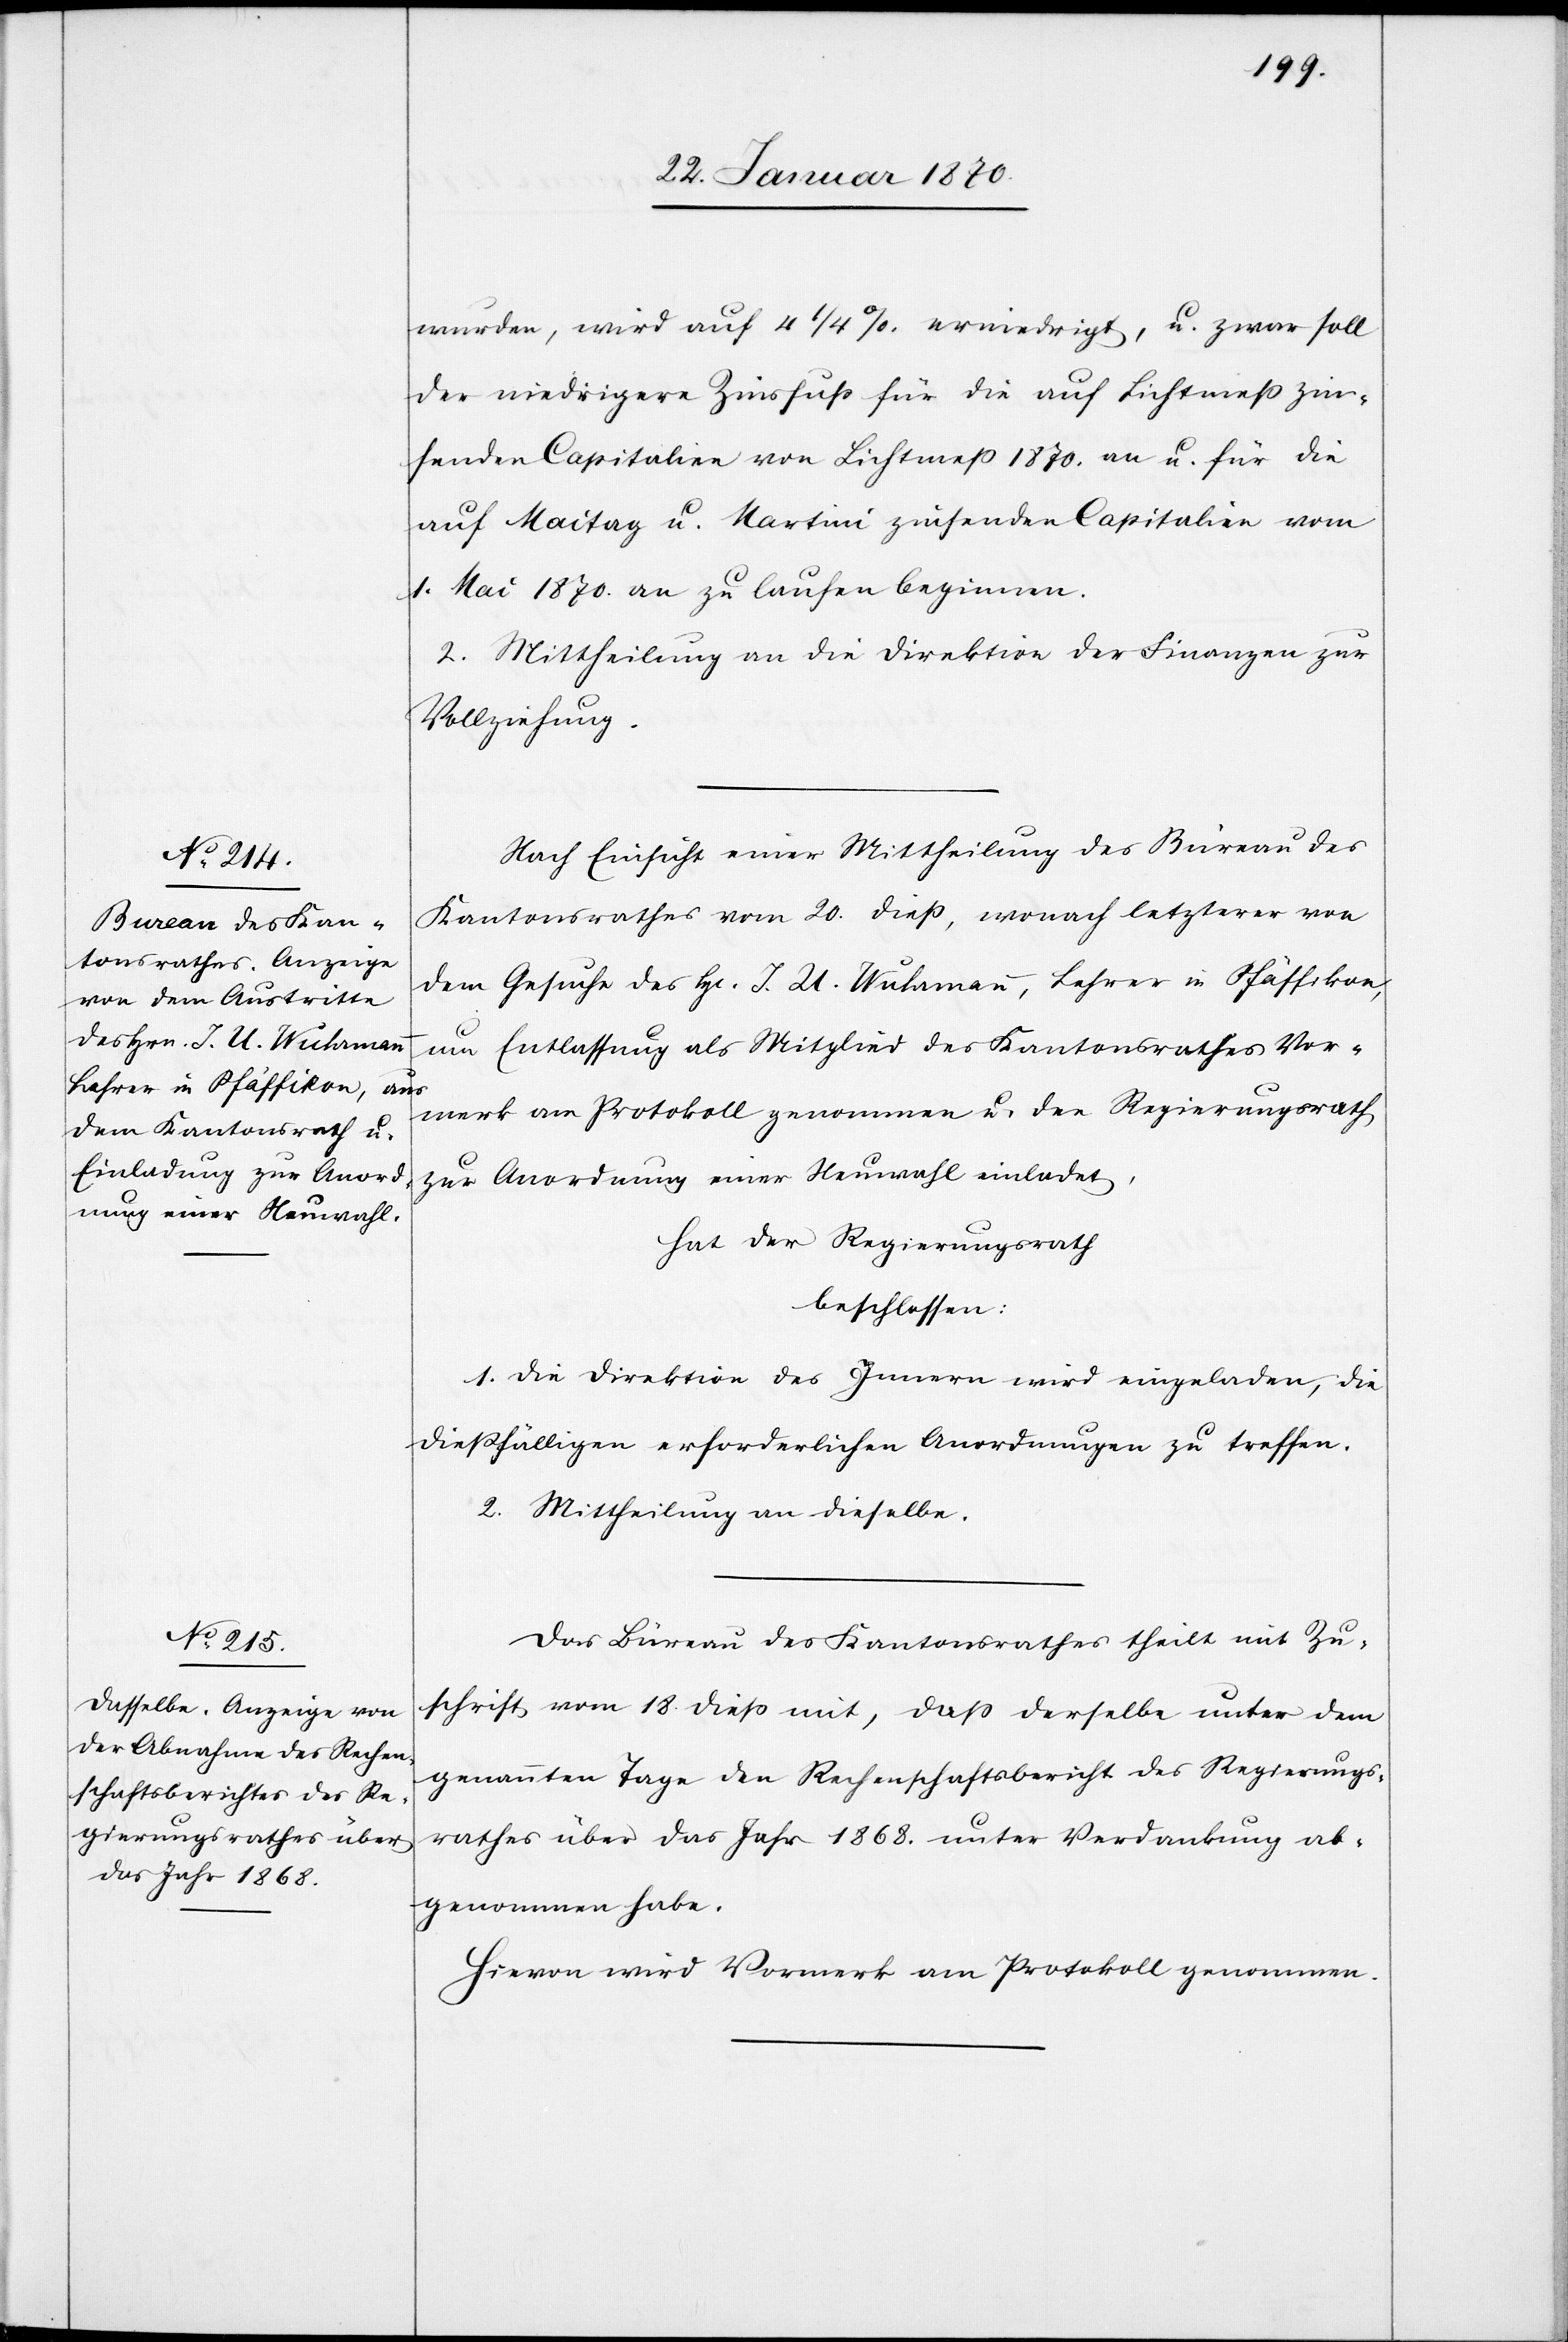
wurden, wird auf 4 1/4% erniedrigt, u. zwar soll
der niedrigere Zinsfuß für die auf Lichtmeß zin¬
senden Capitalien von Lichtmeß 1870 an u. für die
auf Maitag u. Martini zinsenden Capitalien vom
1. Mai 1870. an zu laufen beginnen.
2. Mittheilung an die Direktion der Finanzen zur
Vollziehung.
Nach Einsicht einer Mittheilung des Büreau des
Kantonsrathes vom 20. dieß, wonach letzterer von
dem Gesuche des H[errn] J. U. Wuhrmann, Lehrer in Pfäffikon,
um Entlassung als Mitglied des Kantonsrathes Vor¬
merk am Protokoll genommen u. der Regierungsrath
zur Anordnung einer Neuwahl einladet,
hat der Regierungsrath
beschlossen:
1. Die Direktion des Innern wird eingeladen, die
dießfälligen erforderlichen Anordnungen zu treffen.
2. Mittheilung an dieselbe.
Das Büreau des Kantonsrathes theilt mit Zu¬
schrift vom 18. dieß mit, daß derselbe unter dem
genannten Tage den Rechenschaftsbericht des Regierungs¬
rathes über das Jahr 1868. unter Verdankung ab¬
genommen habe.
Hievon wird Vormerk am Protokoll genommen.